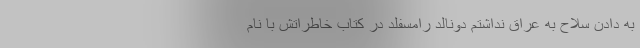
به دادن سلاح به عراق نداشتم دونالد رامسفلد در کتاب خاطراتش با نام